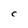
Character: C